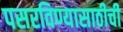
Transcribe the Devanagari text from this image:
पसरविण्यासाठीची